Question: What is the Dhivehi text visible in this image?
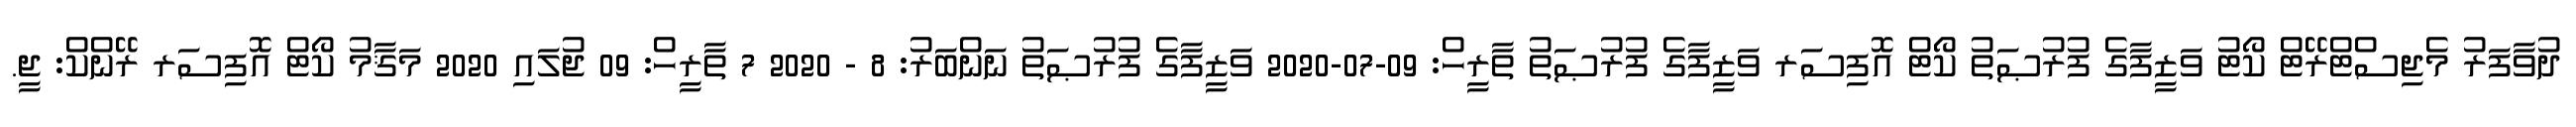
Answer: ދުވާފަރު މެޖިސްޓްރޭޓް ކޯޓު ވަޒީފާގެ ފުރުޞަތު ކޯޓް އޮފިސަރ ވަޒީފާގެ ފުރުޞަތު ތާރީހް: 09-07-2020 ވަޒީފާގެ ފުރުޞަތު ނަންބަރު: 8 - 2020 7 ތާރީހް: 09 ޖުލައި 2020 މަޤާމު ކޯޓް އޮފިސަރ ރޭންކް: ޖީ.